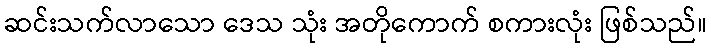
ဆင်းသက်လာသော ဒေသ သုံး အတိုကောက် စကားလုံး ဖြစ်သည်။